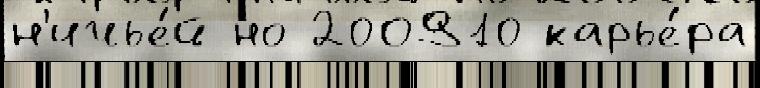
н'ичье́й но 200910 карье́ра